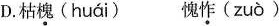
D.枯槐(huái) 愧怍(zuò)